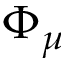
\Phi _ { \mu }